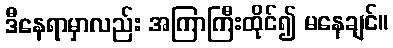
ဒီနေရာမှာလည်း အကြာကြီးထိုင်၍ မနေချင်။